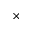
\times